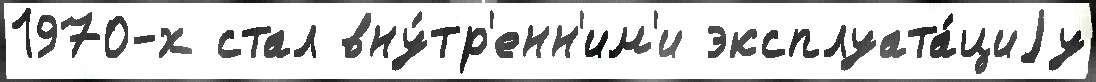
1970-х стал вну́тр'енн'им'и эксплуата́циjу